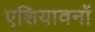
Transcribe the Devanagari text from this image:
एशियावनों